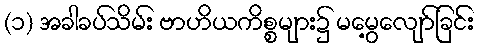
(၁) အခါခပ်သိမ်း ဗာဟိယကိစ္စများ၌ မမွေ့လျော်ခြင်း